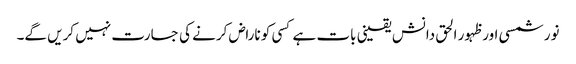
نور شمسی اور ظہور الحق دانش یقینی بات ہے کسی کو ناراض کرنے کی جسارت نہیں کریں گے۔